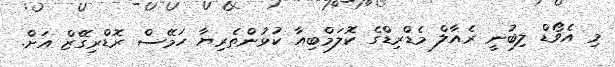
މި އެވޯޑް ލިބުނީ ރެއާލް މެޑްރިޑްގެ ކޮލަމްބިއާ ކުޅުންތެރިޔާ ހަމޭސް ރޮޑްރިގޭޒް އަށް.